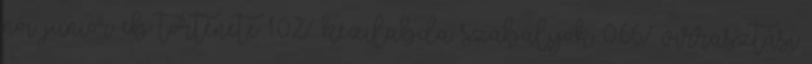
női junior eb története 1.02% kézilabda szabályok 0.66% virrasztási